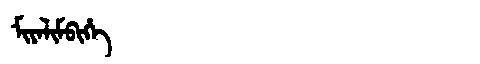
Manchu: ᠮᡳᠶᠠᠯᡳᠮᠪᡳᡥᡝ
Romanization: MIYALIMBIHE